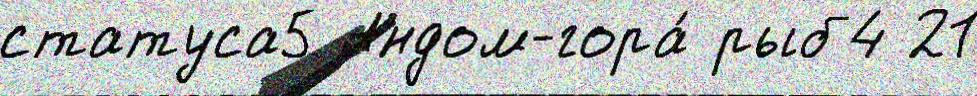
статуса5 Андом-гора́ рыб4 21